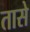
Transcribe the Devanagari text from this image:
तासे